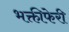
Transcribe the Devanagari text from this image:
भक्तीफेरी